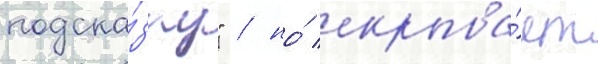
подска́зку" / но́ скрыва́ет